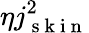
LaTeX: \eta j_{\mathrm{~s~k~i~n~}}^{2}